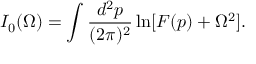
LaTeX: I _ { 0 } ( \Omega ) = \int \frac { d ^ { 2 } p } { ( 2 \pi ) ^ { 2 } } \ln [ F ( p ) + \Omega ^ { 2 } ] .